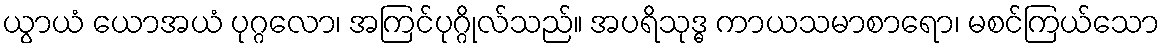
ယွာယံ ယောအယံ ပုဂ္ဂလော၊ အကြင်ပုဂ္ဂိုလ်သည်။ အပရိသုဒ္ဓ ကာယသမာစာရော၊ မစင်ကြယ်သော